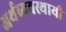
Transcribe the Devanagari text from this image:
अर्थव्यवस्थायी